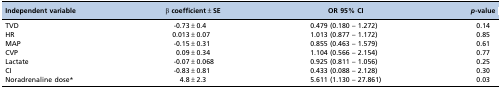
<table><thead><tr><td><b>Independent variable</b></td><td><b>β coefficient±SE</b></td><td><b>OR 95% CI</b></td><td><b><i>p</i>-value</b></td></tr></thead><tbody><tr><td>TVD</td><td>-0.73±0.4</td><td>0.479 (0.180 – 1.272)</td><td>0.14</td></tr><tr><td>HR</td><td>0.013±0.07</td><td>1.013 (0.877 – 1.172)</td><td>0.85</td></tr><tr><td>MAP</td><td>-0.15±0.31</td><td>0.855 (0.463 – 1.579)</td><td>0.61</td></tr><tr><td>CVP</td><td>0.09±0.34</td><td>1.104 (0.566 – 2.154)</td><td>0.77</td></tr><tr><td>Lactate</td><td>-0.07±0.068</td><td>0.925 (0.811 – 1.056)</td><td>0.25</td></tr><tr><td>CI</td><td>-0.83±0.81</td><td>0.433 (0.088 – 2.128)</td><td>0.30</td></tr><tr><td>Noradrenaline dose*</td><td>4.8±2.3</td><td>5.611 (1.130 – 27.861)</td><td>0.03</td></tr></tbody></table>